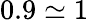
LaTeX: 0.9\simeq 1